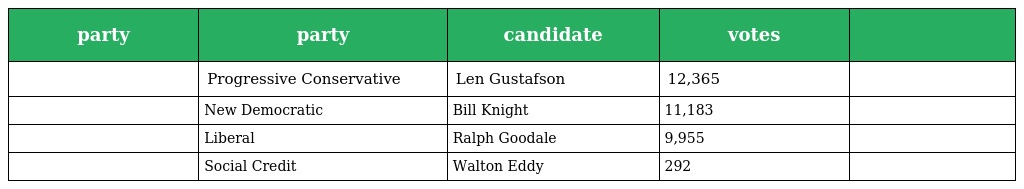
| party | party | candidate | votes |  |
 | --- | --- | --- | --- | --- |
 |  | Progressive Conservative | Len Gustafson | 12,365 |  |
 |  | New Democratic | Bill Knight | 11,183 |  |
 |  | Liberal | Ralph Goodale | 9,955 |  |
 |  | Social Credit | Walton Eddy | 292 |  |